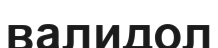
валидол